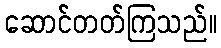
ဆောင်တတ်ကြသည်။